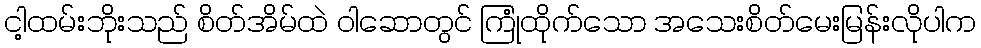
ငါ့ထမ်းဘိုးသည် စိတ်အိမ်ထဲ ဝါဆောတွင် ကြုံထိုက်သော အသေးစိတ်မေးမြန်းလိုပါက